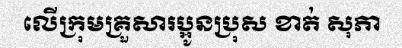
លើក្រុមគ្រួសារប្អូនប្រុស ខាត់ សុភា